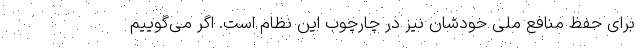
برای حفظ منافع ملی خودشان نیز در چارچوب این نظام است. اگر می‌گوییم